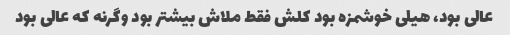
عالی بود، هیلی خوشمزه بود کلش فقط ملاش بیشتر بود وگرنه که عالی بود